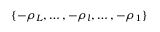
\{ - \rho _ { L } , \dots , - \rho _ { l } , \dots , - \rho _ { 1 } \}